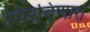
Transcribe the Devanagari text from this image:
मिरविणारा